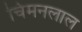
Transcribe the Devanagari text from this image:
चिमनलाल